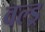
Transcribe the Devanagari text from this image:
वल्ड्र